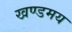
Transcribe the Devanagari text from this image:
खण्डमय